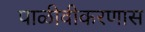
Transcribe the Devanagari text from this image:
पाळीवीकरणास